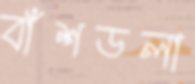
বাঁশডলা